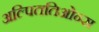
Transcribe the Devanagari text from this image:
अल्पिततिओन्स